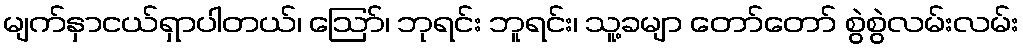
မျက်နှာငယ်ရှာပါတယ်၊ ဪ၊ ဘုရင်း ဘူရင်း၊ သူ့ခမျာ တော်တော် စွဲစွဲလမ်းလမ်း